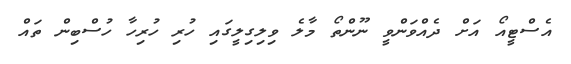
އެސްޓީއޯ އަށް ދެއްވަންވީ ނޫންތޯ މާލެ ވިލިގިލީގައި ހުރި ހުރިހާ ހުސްބިން ތައް